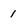
Character: 1